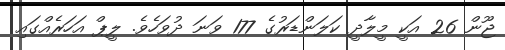
ޖޫން 26 އަކީ މީލާދީ ކަލަންޑަރުގެ 177 ވަނަ ދުވަހެވެ. ލީޕް އަހަރެއްގައި